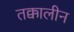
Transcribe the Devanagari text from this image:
तक्कालीन